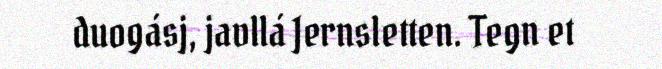
duogásj, javllá Jernsletten. Tegn et